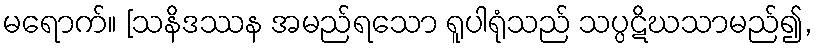
မရောက်။ [သနိဒဿန အမည်ရသော ရူပါရုံသည် သပ္ပဋိဃသာမည်၍,